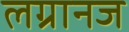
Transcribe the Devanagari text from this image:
लग्रानज